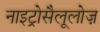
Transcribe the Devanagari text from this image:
नाइट्रोसैलूलोज़